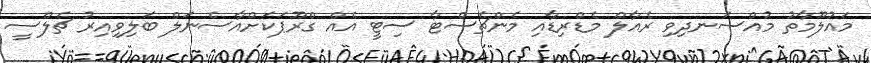
މައުލޫމާތު މުއްސަނދިވި ރެއާލް މެޑްރިޑާއި މެންޗެސްޓާ ސިޓީ އެއް ގްރޫޕަކަށްއާސެނަލް ބަލިވިއިރު ޗެލްސީ